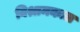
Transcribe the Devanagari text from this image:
विश्रामकाल